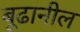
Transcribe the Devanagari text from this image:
बूढानील